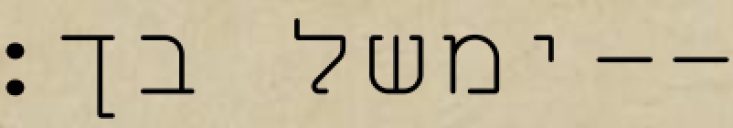
ימשל בך׃--